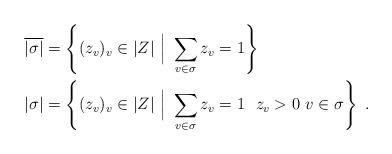
LaTeX: \begin{align*} \overline{|\sigma|} & = \left\{ (z_v)_v \in |Z| ~\Bigl|~ \sum_{v\in\sigma} z_v = 1 \right\} \\ |\sigma| & = \left\{ (z_v)_v \in |Z| ~\Bigl|~ \sum_{v\in\sigma} z_v = 1 ~ ~ z_v >0 ~ v\in\sigma \right\}\; . \end{align*}